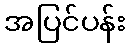
အပြင်ပန်း